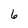
Character: 6